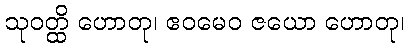
သုဝတ္ထိ ဟောတု၊ ဧဝမေဝ ဇယော ဟောတု၊